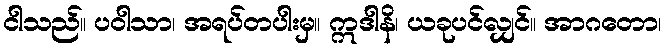
ငါသည်။ ပဝါသာ၊ အရပ်တပါးမှ။ ဣဒါနိ၊ ယခုပင်လျှင်။ အာဂတော၊